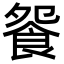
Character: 𩚴